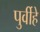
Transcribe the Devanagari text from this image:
पुर्वीहे